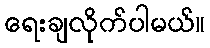
ရေးချလိုက်ပါမယ်။